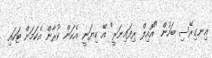
އިނގިރޭސި ބަހުން "އޮއިލް ރިފައިނަރީ" އޭ ކިޔަނީ އެކަން ކުރާން އެކަމަށް ޓަކައި